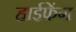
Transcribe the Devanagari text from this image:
हाईफेंग